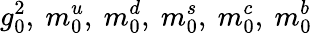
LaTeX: g_{0}^{2},\ m_{0}^{u},\ m_{0}^{d},\ m_{0}^{s},\ m_{0}^{c},\ m_{0}^{b}